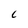
Character: C